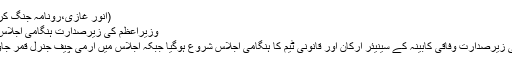
(انور غازی،رونامہ جنگ کراچی،20 نومبر2019ء)
وزیراعظم کی زیرصدارت ہنگامی اجلاس، جنرل باجوہ کی شرکت
وزیراعظم عمران خان کی زیرصدارت وفاقی کابینہ کے سینیئر ارکان اور قانونی ٹیم کا ہنگامی اجلاس شروع ہوگیا جبکہ اجلاس میں آرمی چیف جنرل قمر جاوید باجوہ بھی شریک ہیں۔